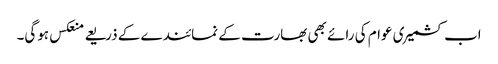
اب کشمیری عوام کی رائے بھی بھارت کے نمائندے کے ذریعے منعکس ہوگی۔